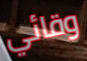
وقائي